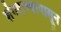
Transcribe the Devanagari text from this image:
शेंगदाण्यापासून